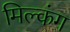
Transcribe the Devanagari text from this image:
मिल्कंग